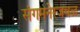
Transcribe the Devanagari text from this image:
संगमनेरजवळ